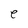
Character: e